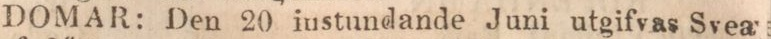
DOMAR: Den 20 instundande Juni utgifvas Svea